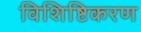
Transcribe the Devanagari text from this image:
विशिष्टिकरण